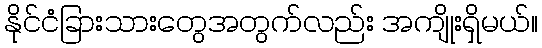
နိုင်ငံခြားသားတွေအတွက်လည်း အကျိုးရှိမယ်။